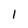
Character: l